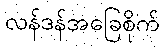
လန်ဒန်အခြေစိုက်